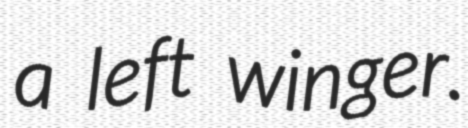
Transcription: a left winger.